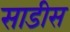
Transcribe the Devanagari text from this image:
साडीस